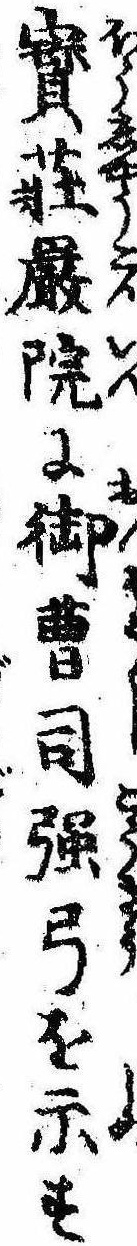
宝荘厳院に御曹司強弓を示す